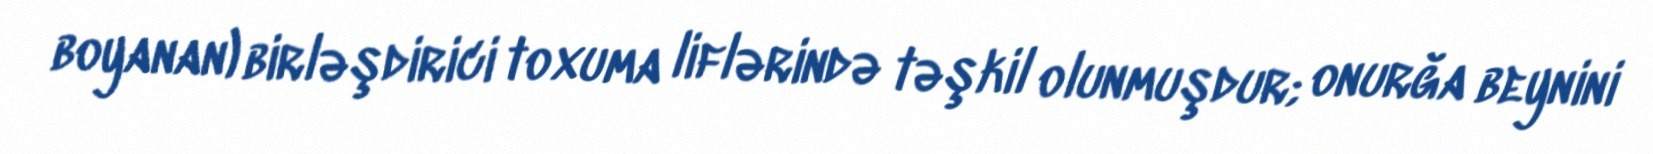
boyanan) birləşdirici toxuma liflərində təşkil olunmuşdur; onurğa beynini